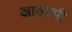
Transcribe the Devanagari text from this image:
आडाणी